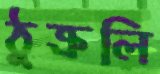
ঠুক্‌রলি